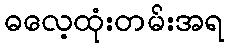
ဓလေ့ထုံးတမ်းအရ